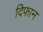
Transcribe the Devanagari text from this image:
दिफान